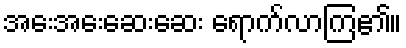
အေးအေးဆေးဆေး ရောက်လာကြ၏။